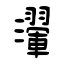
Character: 瀈